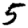
Digit: 5